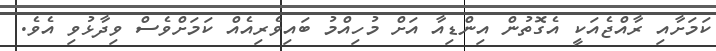
ކަމަށާއި ރާއްޖެއަކީ އެގޮތުން އިންޑިއާ އަށް މުހިއްމު ބައިވެރިއެއް ކަމަށްވެސް ވިދާޅުވި އެވެ.